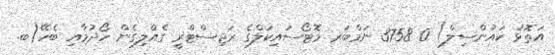
އަތޮޅު ކައުންސިލް) 0 3758 ނަމްބަރ މޮޓޯސައިކަލްގެ ރަޖިސްޓްރީ ގެއްލިގެން ހޯދުމާއި ބެހޭ(ބ.